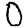
Digit: 0